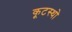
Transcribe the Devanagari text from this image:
कूटस्थो